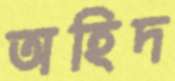
অহিদ